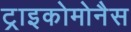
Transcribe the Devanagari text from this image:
ट्राइकोमोनैस